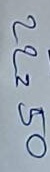
22 = 50